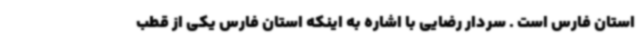
استان فارس است . سردار رضایی با اشاره به اینکه استان فارس یکی از قطب